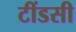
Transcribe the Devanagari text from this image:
टींडसी